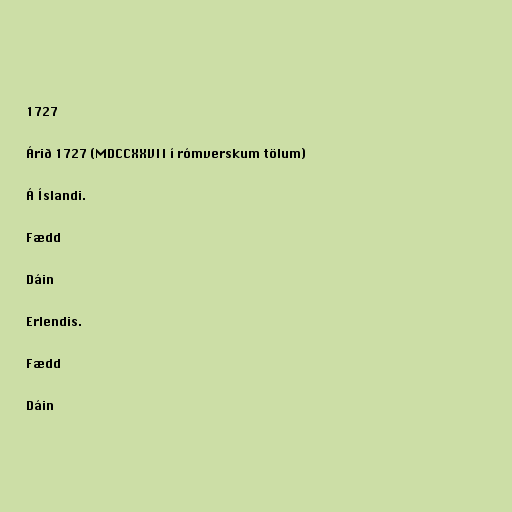
1727

Árið 1727 (MDCCXXVII í rómverskum tölum)

Á Íslandi.

Fædd

Dáin

Erlendis.

Fædd

Dáin